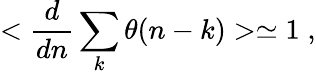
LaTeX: <\frac{d}{dn}\sum_{k}\theta(n-k)>\simeq 1\; ,